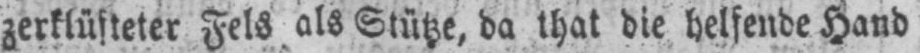
zerklüfteter Fels als Stütze, da that die helfende Hand